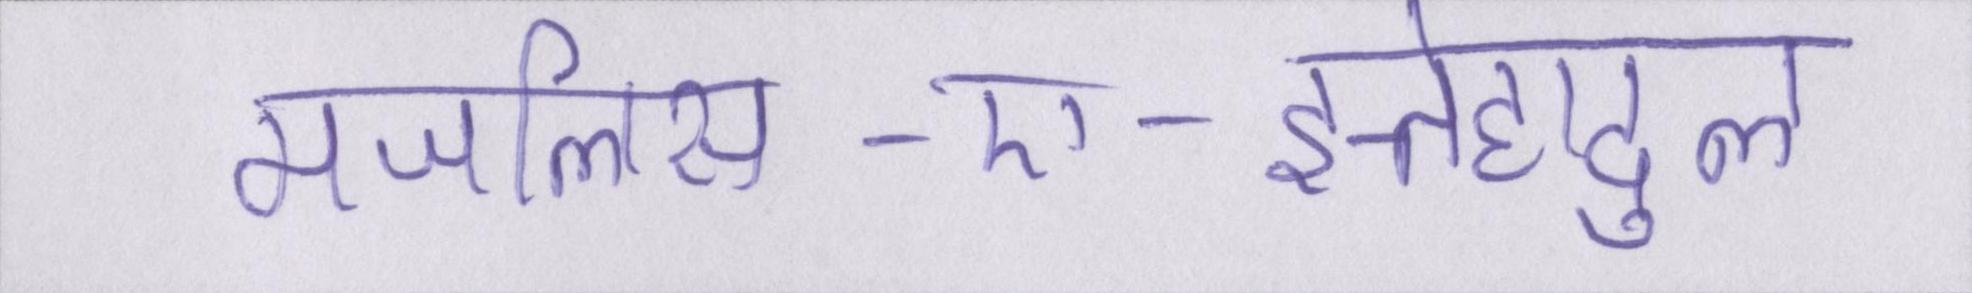
मजलिस-ए-इत्तेहादुल